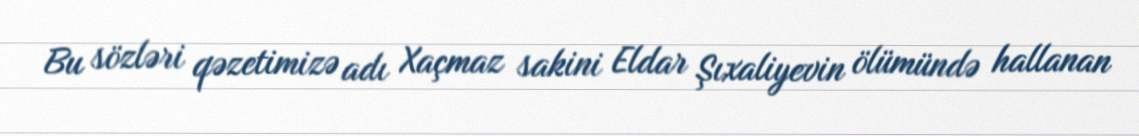
Bu sözləri qəzetimizə adı Xaçmaz sakini Eldar Şıxaliyevin ölümündə hallanan